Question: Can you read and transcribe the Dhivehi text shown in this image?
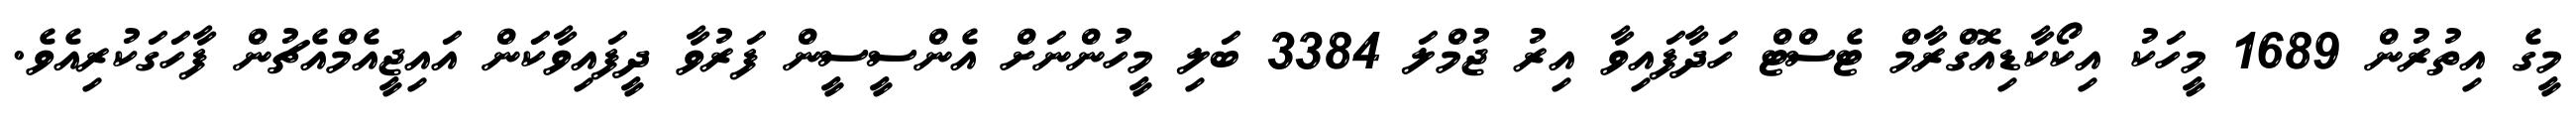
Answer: މީގެ އިތުރުން 1689 މީހަކު އިކޯކާޑިއޮގްރާމް ޓެސްޓް ހަދާފައިވާ އިރު ޖުމްލަ 3384 ބަލި މީހުންނަށް އެންސީސީން ފަރުވާ ދީފައިވާކަން އައިޖީއެމްއެޗުން ފާހަގަކުރިއެވެ.